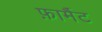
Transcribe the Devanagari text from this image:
फ़ार्मैट